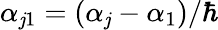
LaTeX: \alpha_{\mathit{j}1}=(\alpha_{\mathit{j}}-\alpha_{1})/\hbar